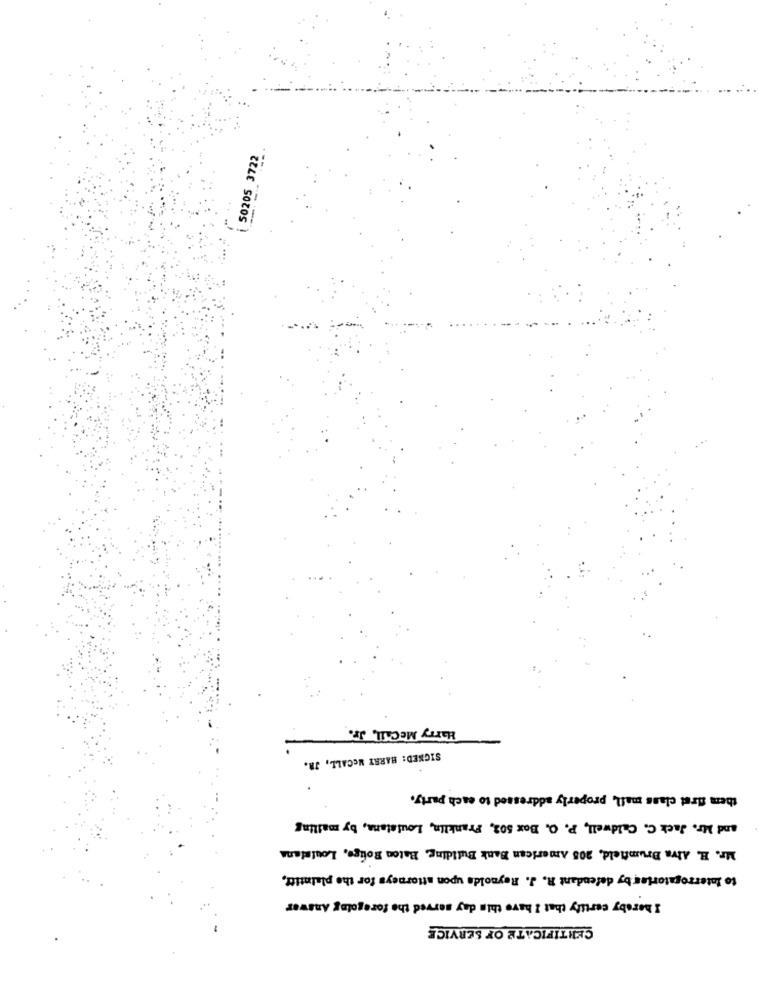
ZZLE SOZOS !
Harry MeCall, Jr.
SIGNED: HARRY MCCALL, JR.
them first class mail, properly addressed to each party.
and Mr. Jack C. Caldwell, P. O. Box 502, Franklin, Louisiana, by mailing
Mr. H. Alva Brumfield, 205 American Bank Building, Baton Rouge, Louisiana
to Interrogatories by defendant R. J. Reynolds upon attorneys for the plaintiff,
I hereby certify that I have this day served the foregelag Answer
CERTIFICATE OF SERVICE